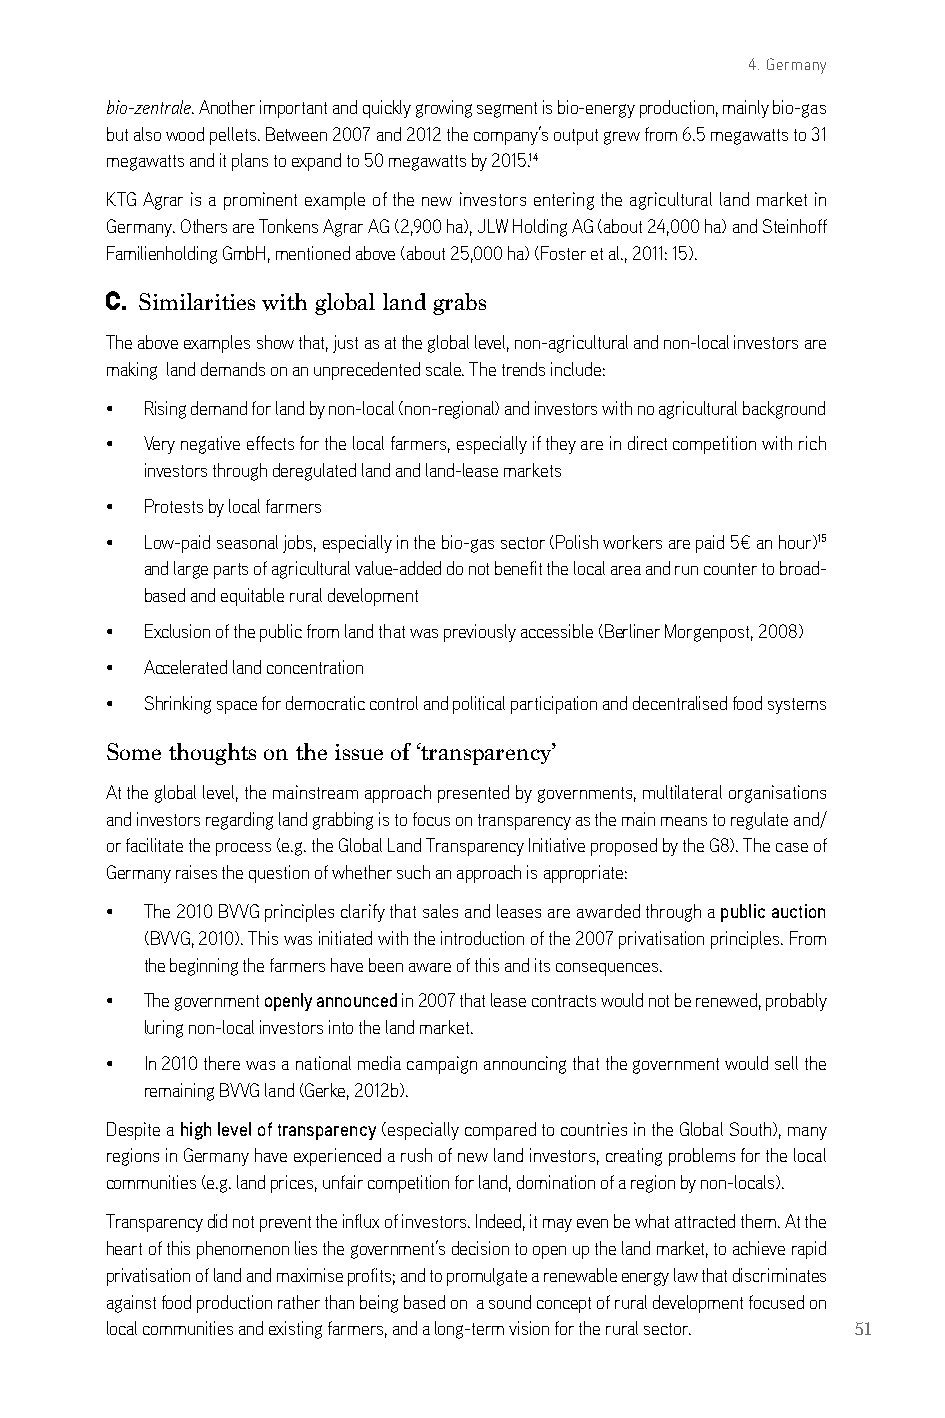
4. Germany
 bio-zentrale. another important and quickly growing segment is bio-energy production, mainly bio-gas
 but also wood pellets. between 2007 and 2012 the company’s output grew from 6.5 megawatts to 31
 megawatts and it plans to expand to 50 megawatts by 2015.14
 kTg agrar is a prominent example of the new investors entering the agricultural land market in
 germany. others are Tonkens agrar ag (2,900 ha), JlW Holding ag (about 24,000 ha) and steinhoff
 Familienholding gmbH, mentioned above (about 25,000 ha) (Foster et al., 2011: 15).
 c. Similarities with global land grabs
 The above examples show that, just as at the global level, non-agricultural and non-local investors are
 making land demands on an unprecedented scale. The trends include:
 •  rising demand for land by non-local (non-regional) and investors with no agricultural background
 •  Very negative effects for the local farmers, especially if they are in direct competition with rich
 investors through deregulated land and land-lease markets
 •  Protests by local farmers
 •  low-paid seasonal jobs, especially in the bio-gas sector (Polish workers are paid 5€ an hour)15
 and large parts of agricultural value-added do not benefit the local area and run counter to broad-
 based and equitable rural development
 •  exclusion of the public from land that was previously accessible (berliner Morgenpost, 2008)
 •  accelerated land concentration
 •  shrinking space for democratic control and political participation and decentralised food systems
 Some thoughts on the issue of ‘transparency’
 at the global level, the mainstream approach presented by governments, multilateral organisations
 and investors regarding land grabbing is to focus on transparency as the main means to regulate and/
 or facilitate the process (e.g. the global land Transparency initiative proposed by the g8). The case of
 germany raises the question of whether such an approach is appropriate:
 •  The 2010 bVVg principles clarify that sales and leases are awarded through a public auction
 (bVVg, 2010). This was initiated with the introduction of the 2007 privatisation principles. From
 the beginning the farmers have been aware of this and its consequences.
 •  The government openly announced in 2007 that lease contracts would not be renewed, probably
 luring non-local investors into the land market.
 •  in 2010 there was a national media campaign announcing that the government would sell the
 remaining bVVg land (gerke, 2012b).
 despite a high level of transparency (especially compared to countries in the global south), many
 regions in germany have experienced a rush of new land investors, creating problems for the local
 communities (e.g. land prices, unfair competition for land, domination of a region by non-locals).
 Transparency did not prevent the influx of investors. indeed, it may even be what attracted them. at the
 heart of this phenomenon lies the government’s decision to open up the land market, to achieve rapid
 privatisation of land and maximise profits; and to promulgate a renewable energy law that discriminates
 against food production rather than being based on a sound concept of rural development focused on
 local communities and existing farmers, and a long-term vision for the rural sector. 51